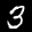
Label: 3